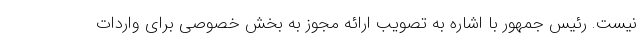
نیست. رئیس جمهور با اشاره به تصویب ارائه مجوز به بخش خصوصی برای واردات